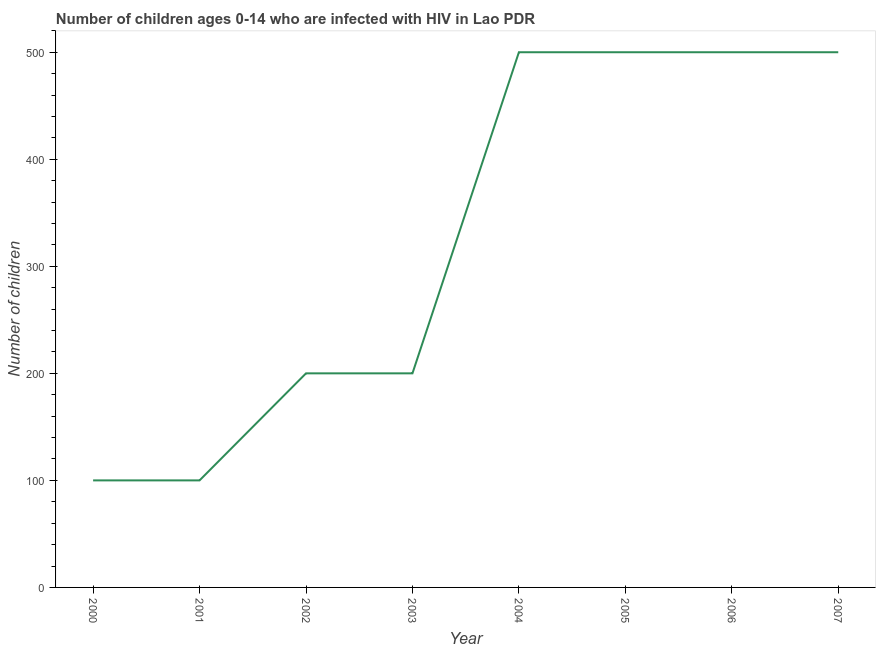
| Year | Children (0-14) living with HIV |
 | --- | --- |
 | 2000 | 100 |
 | 2001 | 100 |
 | 2002 | 200 |
 | 2003 | 200 |
 | 2004 | 500 |
 | 2005 | 500 |
 | 2006 | 500 |
 | 2007 | 500 |